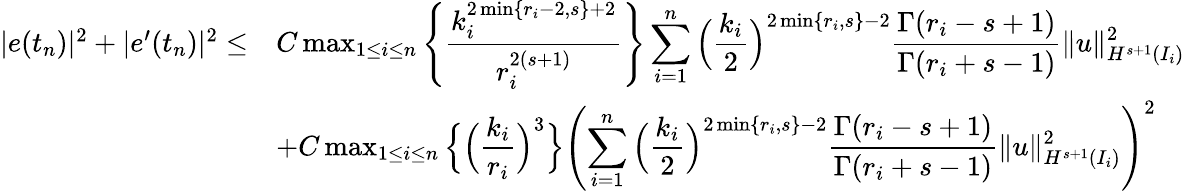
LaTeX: \begin{array}{rl}{|e(t_{n})|^{2}+|e^{\prime}(t_{n})|^{2}\le}&{C\operatorname*{max}_{1\leq i\leq n}\left\{ \displaystyle\frac{k_{i}^{2\operatorname*{min}\{ r_{i}-2,s\} +2}}{r_{i}^{2(s+1)}}\right\} \displaystyle\sum_{i=1}^{n}\Big(\displaystyle\frac{k_{i}}{2}\Big)^{2\operatorname*{min}\{ r_{i},s\} -2}\displaystyle\frac{\Gamma(r_{i}-s+1)}{\Gamma(r_{i}+s-1)}\| u\| _{H^{s+1}(I_{i})}^{2}}\\ &{+C\operatorname*{max}_{1\le i\le n}\Big\{ \Big(\displaystyle\frac{k_{i}}{r_{i}}\Big)^{3}\Big\} \left(\displaystyle\sum_{i=1}^{n}\Big(\displaystyle\frac{k_{i}}{2}\Big)^{2\operatorname*{min}\{ r_{i},s\} -2}\displaystyle\frac{\Gamma(r_{i}-s+1)}{\Gamma(r_{i}+s-1)}\| u\| _{H^{s+1}(I_{i})}^{2}\right)^{2}}\end{array}